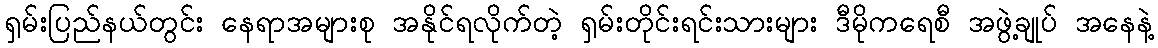
ရှမ်းပြည်နယ်တွင်း နေရာအများစု အနိုင်ရလိုက်တဲ့ ရှမ်းတိုင်းရင်းသားများ ဒီမိုကရေစီ အဖွဲ့ချုပ် အနေနဲ့